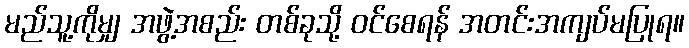
မည်သူ့ကိုမျှ အဖွဲ့အစည်း တစ်ခုသို့ ဝင်စေရန် အတင်းအကျပ်မပြုရ။